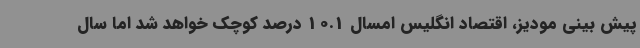
پیش بینی مودیز، اقتصاد انگلیس امسال 10.1 درصد کوچک خواهد شد اما سال